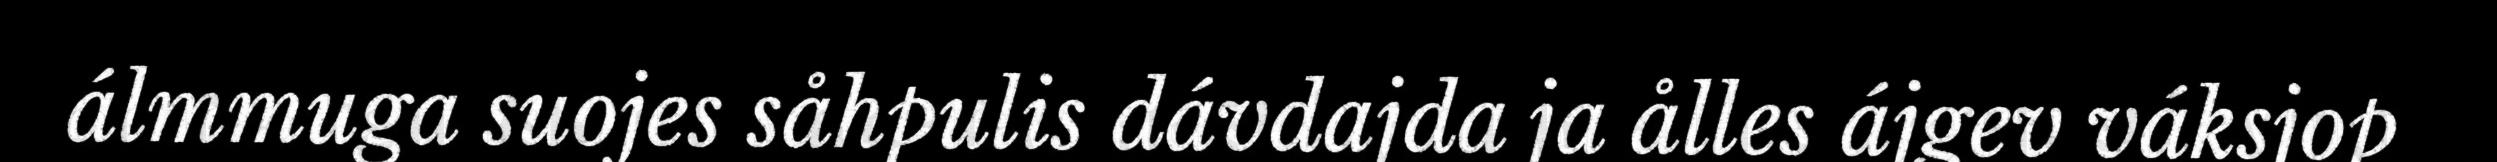
álmmuga suojes såhpulis dávdajda ja ålles ájgev váksjop